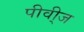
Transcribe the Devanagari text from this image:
पीवी्ज